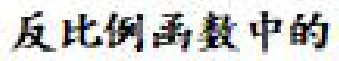
反比例函数中的